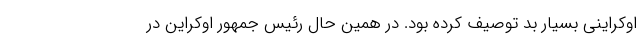
اوکراینی بسیار بد توصیف کرده بود. در همین حال رئیس جمهور اوکراین در